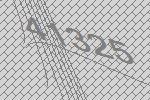
41325